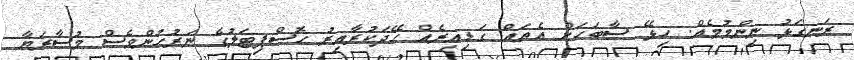
ރަނގަޅު ނިންމުމެއް. ހިޅޭ ސާބަހަށް އެތައް ގަޑިއިރެއް ހޭދަކުރާއިރު ހޮސްޕިޓަލުގެ ނަރުހުންވެސް މުސާރަޔާ